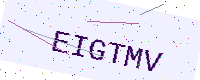
Text: EIGTMV